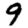
Digit: 9